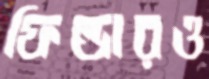
ফিল্ডারও